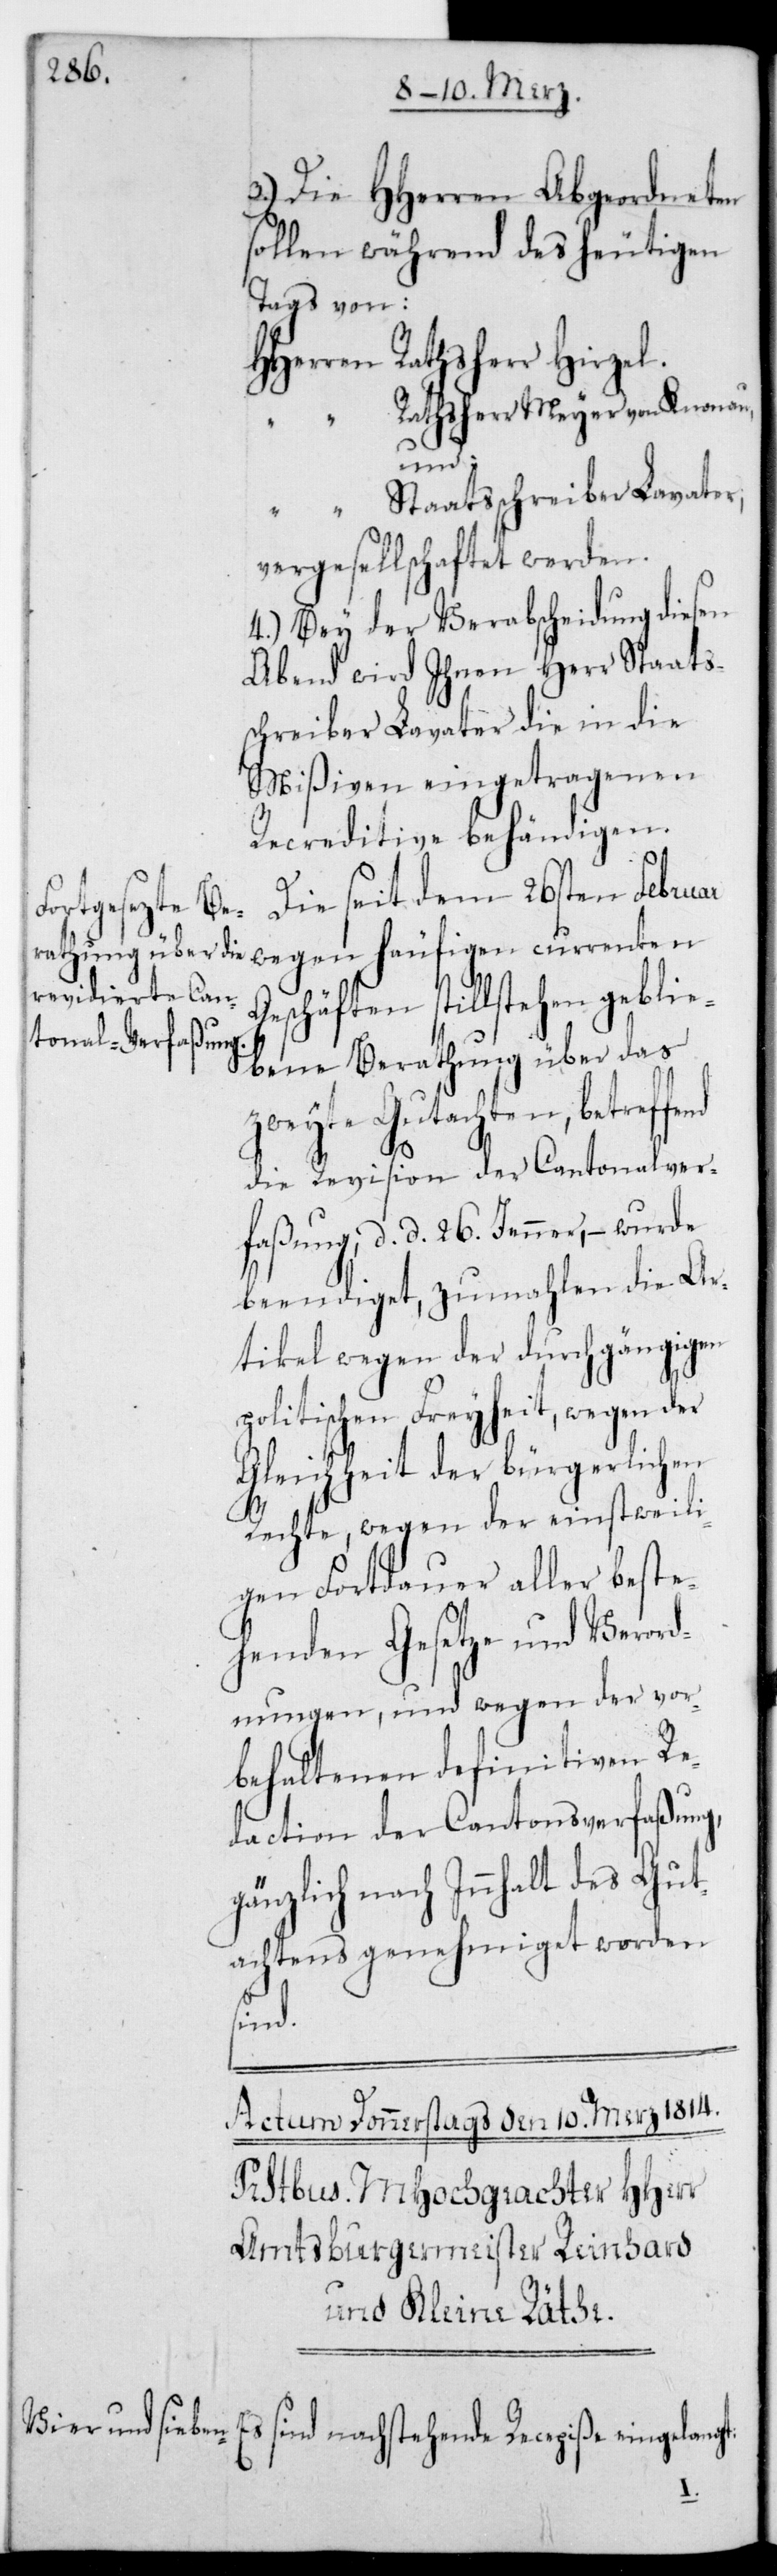
3.) Die HHerren Abgeordneten
sollen während des heutigen
Tags von:
HHerren Rathsherr Hirzel.
Rathsherr Meyer von Knonau,
fend
“ Staatsschreiber Lavater,
vergesellschaftet werden.
4.) Bey der Verabscheidung diesen
Abend wird ihnen Herr Staats¬
schreiber Lavater die in die
Mißiven eingetragenen
Recreditive behändigen.
Die seit dem 26sten Februar
wegen häufigen currenten
Es sind nachstehende
ebene Berathung über das
zweyte Gutachten, betref¬
die Revision der Cantonalver¬
faßung, d. d. 26. Jenner, – wurde
beendiget, zumahlen die Ar¬
tikel wegen der durchgängigen
politischen Freiheit, wegen der
Gleichheit der bürgerlichen
Rechte, wegen der einstweili¬
gen Fortdauer aller beste¬
henden Gesetze und Verord¬
nungen, und wegen der vor¬
behaltenen definitven Re¬
daction der Cantonsverfaßung,
gänzlich nach Innhalt des Gut¬
achtens genehmiget worden
sind.